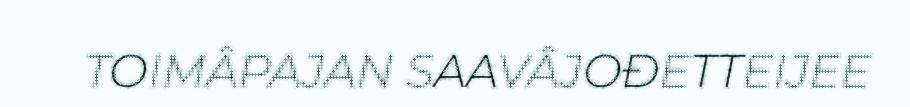
TOIMÂPAJAN SAAVÂJOĐETTEIJEE